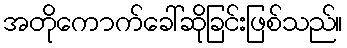
အတိုကောက်ခေါ်ဆိုခြင်းဖြစ်သည်။